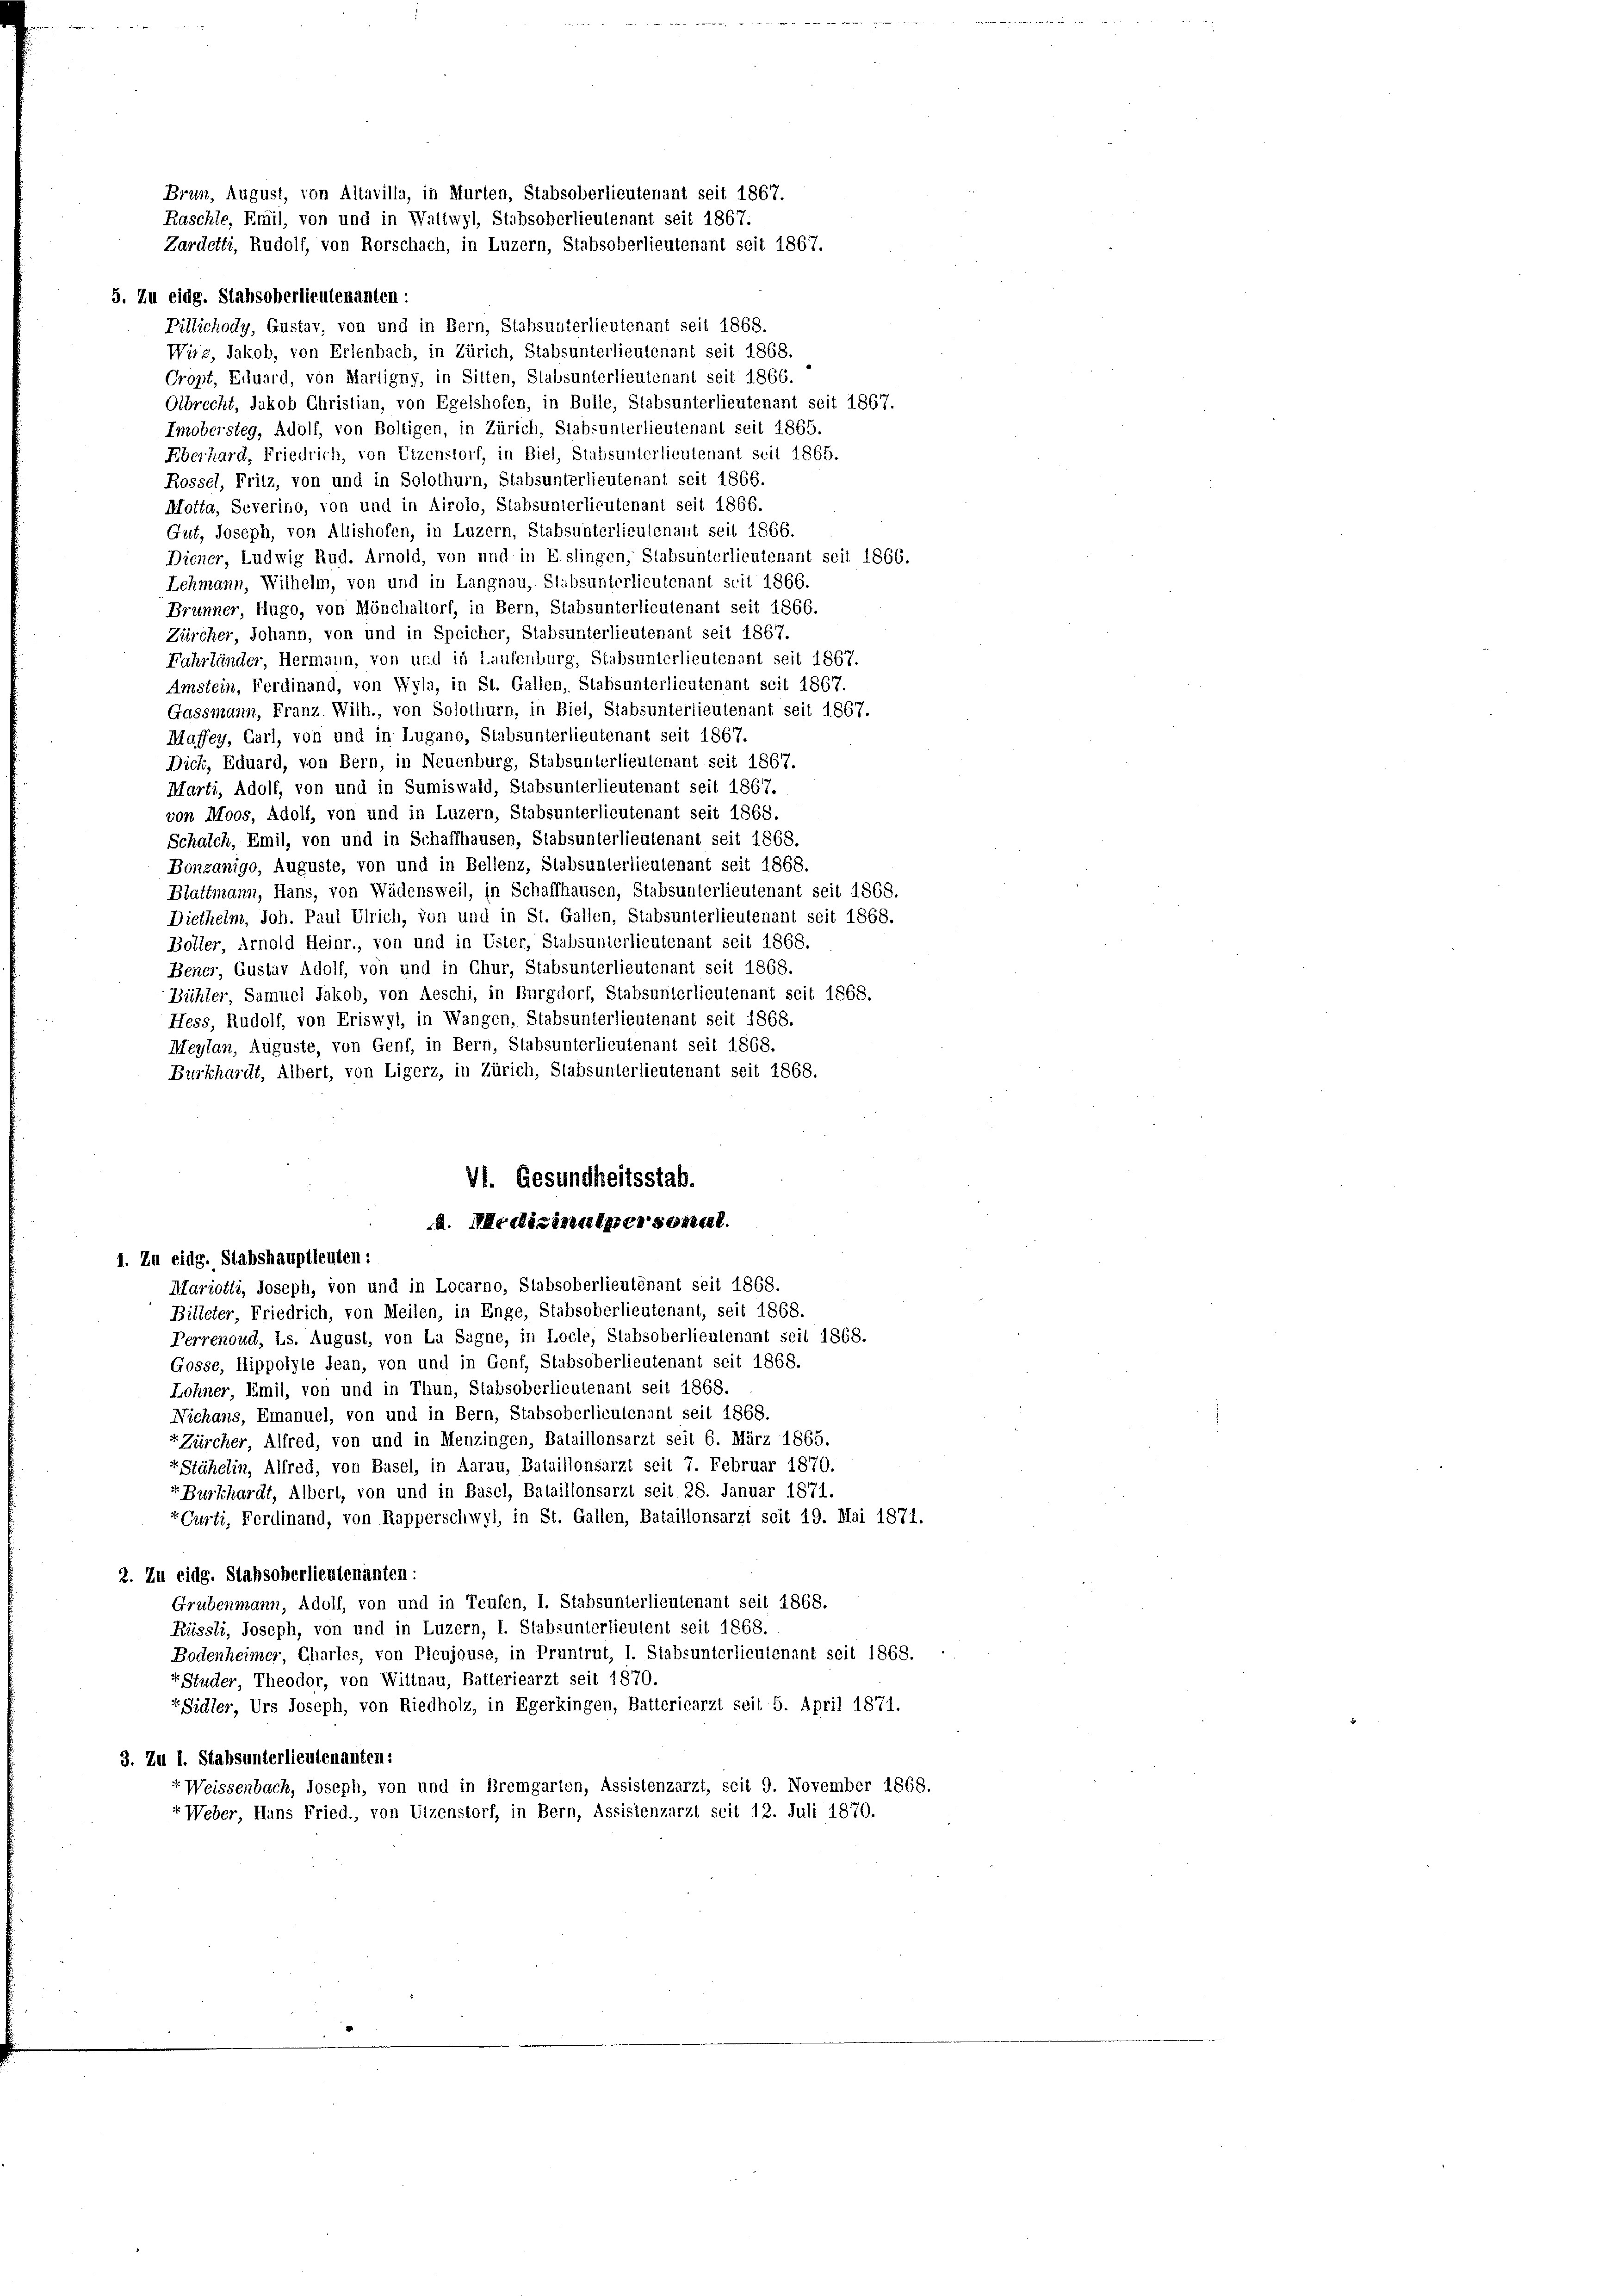
5. Zu eidg. Stabsoberlieutenanten :
Pillichody, Gustav, von und in Bern, Stabsunterlieutenant seit 1868.
Wirz, Jakob, von Erlenbach, in Zürich, Stabsunterlieutenant seit 1868.
Cropt, Eduard, von Martigny, in Sitten, Stabsunterlieutenant seit 1866.
Olbrecht, Jakob Christian, von Egelshofen, in Bulle, Stabsunterlieutenant seit 1867.
Imobersteg, Adolf, von Boltigen, in Zürich, Stabsunterlieutenant seit 1865.
Eberhard, Friedrich, von Utzenstorf, in Biel, Stabsunterlieutenant seit 1865.
Rossel, Fritz, von und in Solothurn, Stabsunterlieutenant seit 1866.
Motta, Severino, von und in Airolo, Stabsunterlieutenant seit 1866.
Gut, Joseph, von Allishofen, in Luzern, Stabsunterlieutenant seit 1866.
Diener, Ludwig Rud. Arnold, von und in Eislingen, Stabsunterlieutenant seit 1866.
Lehmann, Wilhelm, von und in Langnau, Stabsunterlieutenant seit 1866.
Brunner, Hugo, von Mönchaltorf, in Bern, Stabsunterlieutenant seit 1866.
Zürcher, Johann, von und in Speicher, Stabsunterlieutenant seit 1867.
Fahrländer, Hermann, von und in Laufenburg, Stabsunterlieutenant seit 1867.
Amstein, Ferdinand, von Wyla, in St. Gallen, Stabsunterlieutenant seit 1867.
Gassmann, Franz. Wilh., von Solothurn, in Biel, Stabsunterlieutenant seit 1867.
Maffey, Carl, von und in Lugano, Stabsunterlieutenant seit 1867.
Dick, Eduard, von Bern, in Neuenburg, Stabsunterlieutenant seit 1867.
Marti, Adolf, von und in Sumiswald, Stabsunterlieutenant seit 1867.
von Moos, Adolf, von und in Luzern, Stabsunterlieutenant seit 1868.
Schalch, Emil, von und in Schaffhausen, Stabsunterlieutenant seit 1868.
Bonzanigo, Auguste, von und in Bellenz, Stabsunterlieutenant seit 1868.
Blattmann, Hans, von Wädensweil, in Schaffhausen, Stabsunterlieutenant seit 1868.
Diethelm, Joh. Paul Ulrich, von und in St. Gallen, Stabsunterlieutenant seit 1868.
Boller, Arnold Heinr., von und in Uster, Stabsunterlieutenant seit 1868.
Bener, Gustav Adolf, von und in Chur, Stabsunterlieutenant seit 1868.
Bühler, Samuel Jakob, von Aeschi, in Burgdorf, Stabsunterlieutenant seit 1868.
Hess, Rudolf, von Eriswyl, in Wangen, Stabsunterlieutenant seit 1868.
Meylan, Auguste, von Genf, in Bern, Stabsunterlieutenant seit 1868.
Burkhardt, Albert, von Ligerz, in Zürich, Stabsunterlieutenant seit 1868.
VI. Gesundheitsstab.
A. Medizinalpersonell.
1. Zu eidg. Stabshauptleuten:
Mariotti, Joseph, von und in Locarno, Stabsoberlieutenant seit 1868.
Billeter, Friedrich, von Meilen, in Enge, Stabsoberlieutenant, seit 1868.
Perrenoud, Ls. August, von La Sagne, in Locle, Stabsoberlieutenant seit 1868.
Gosse, Ilippolyle Jean, von und in Genf, Stabsoberlieutenant seit 1868.
Lohner, Emil, von und in Thun, Stabsoberlieutenant seit 1868.
Nichans, Emanuel, von und in Bern, Stabsoberlieutenant seit 1868.
«Zürcher, Alfred, von und in Menzingen, Bataillonsarzt seit 6. März 1865.
Stähelin, Alfred, von Basel, in Aarau, Bataillonsarzt seit 7. Februar 1870.
r Burkhardt, Albert, von und in Basel, Bataillonsarzt seit 28. Januar 1871.
“. Curti, Ferdinand, von Rapperschwyl, in St. Gallen, Bataillonsarzt seit 19. Mai 1871.
2. Zu eidg. Stabsoberlieutenanten:
Grubenmann, Adolf, von und in Teufen, I. Stabsunterlieutenant seit 1868.
Rüssli, Joseph, von und in Luzern, I. Stabsunterlieutent seit 1868.
Bodenheimer, Charles, von Pleujouse, in Pruntrut, I. Stabsunterliculenant seit 1868.
rStuder, Theodor, von Wiltnau, Batteriearzt seit 1870.
ESidler, Urs Joseph, von Riedholz, in Egerkingen, Battericarzt seit 5. April 1871.
3. Zu 1. Stabsunterlieutenanten:
r Weissenbach, Joseph, von und in Bremgarten, Assistenzarzt, seit 9. November 1868.
+ Weber, Hans Fried., von Utzenstorf, in Bern, Assistenzarzt seit 12. Juli 1870.

Brun, August, von Altavilla, in Murten, Stabsoberlieutenant seit 1867.
Raschie, Emil, von und in Wattwyl, Stabsoberlieutenant seit 1867.
Zardetti, Rudolf, von Rorschach, in Luzern, Stabsoberlieutenant seit 1867.